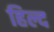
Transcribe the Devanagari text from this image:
हिल्द